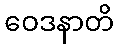
ဝေဒနာတိ